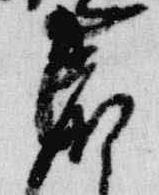
着